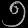
Digit: ၅